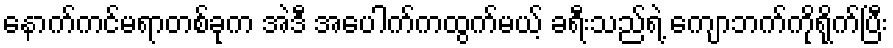
နောက်ကင်မရာတစ်ခုက အဲဒီ အပေါက်ကထွက်မယ့် ခရီးသည်ရဲ့ ကျောဘက်ကိုရိုက်ပြီး